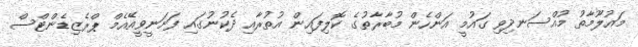
މައުލޫމާތު މުއްސަނދިވި ގައުމީ އަންހެން މުބާރާތުގެ ކޮލިފައިން އުތުރާއި ދެކުނުގައި ފަށަނީވީއޭއެމް ޕްރެޒިޑެންޓްސް